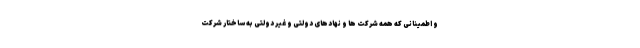
و اطمینانی که همه شرکت ها و نهادهای دولتی و غیر دولتی به ساختار شرکت